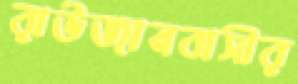
রাউজানবাসীর